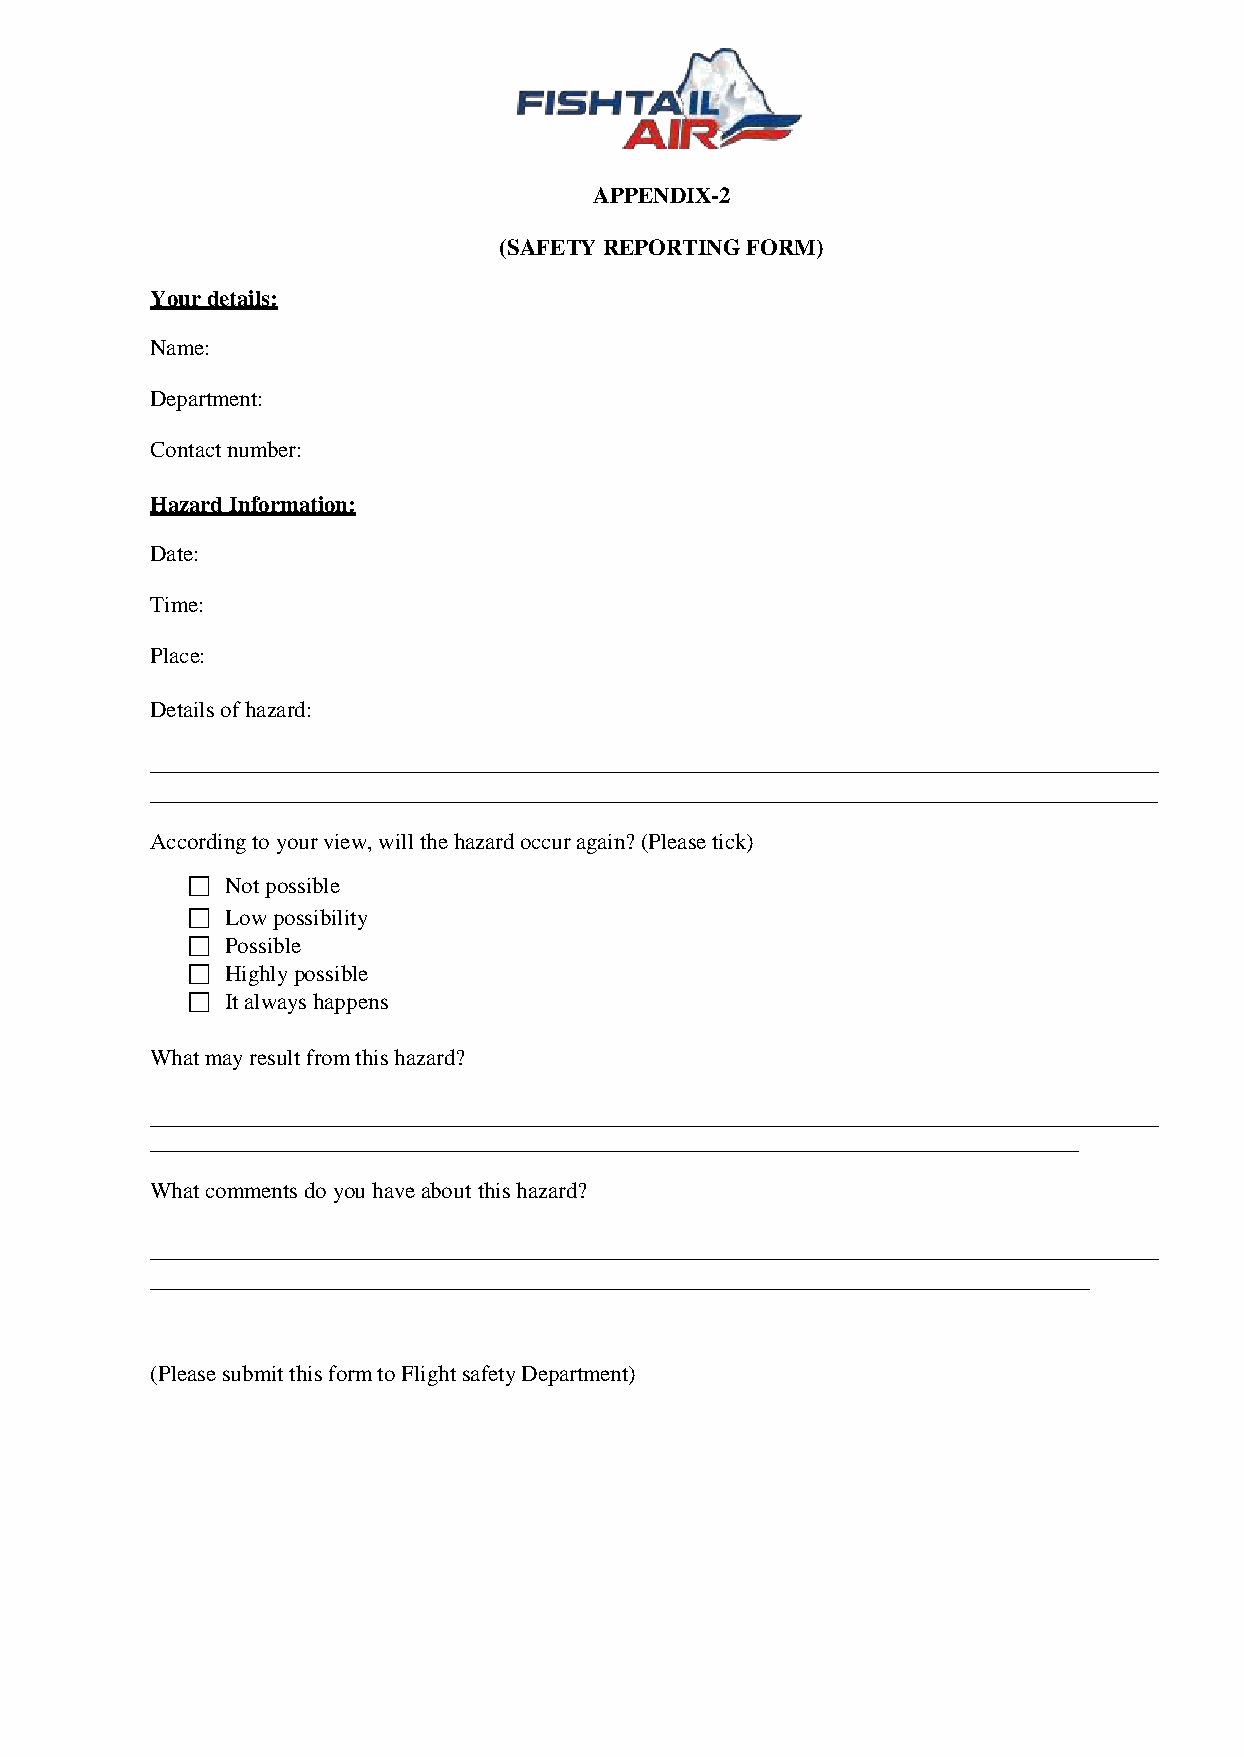
APPENDIX-2
 (SAFETY REPORTING FORM)
 Your details:
 Name:
 Department:
 Contact number:
 Hazard Information:
 Date:
 Time:
 Place:
 Details of hazard:
 According to your view, will the hazard occur again? (Please tick)
   Not possible
   Low possibility
   Possible
   Highly possible
   It always happens
 What may result from this hazard?
 What comments do you have about this hazard?
 (Please submit this form to Flight safety Department)